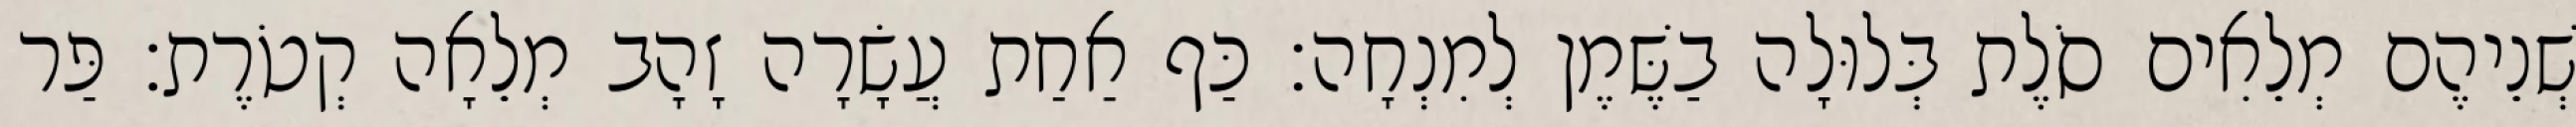
שְׁנֵיהֶם מְלֵאִים סֹלֶת בְּלוּלָה בַשֶּׁמֶן לְמִנְחָה׃ כַּף אַחַת עֲשָׂרָה זָהָב מְלֵאָה קְטֹרֶת׃ פַּר